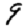
Digit: 9